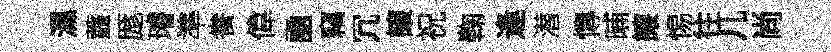
濕虀厖璿準飬偉凾竊冗譲祝鞠逢潜慱晡譲惕往几尚